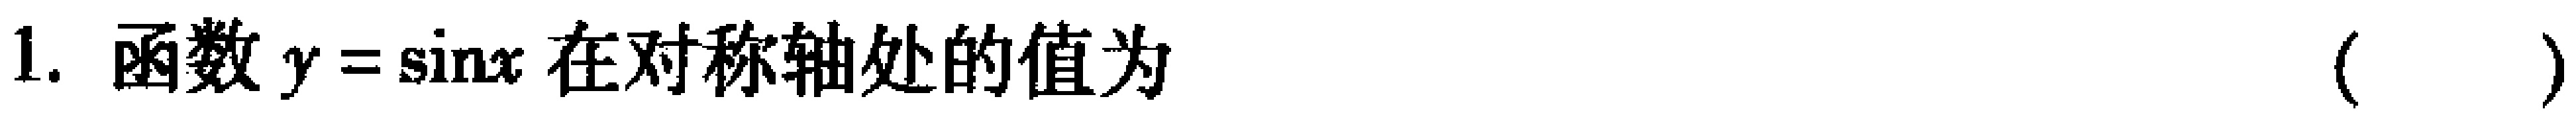
1. 函数 \(y = \sin x\) 在对称轴处的值为  (   )